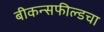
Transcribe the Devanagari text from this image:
बीकन्सफील्डचा